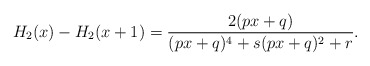
\begin{align*}H_2(x)-H_2(x+1)=\frac{2(p x + q)}{(p x + q)^4 + s (p x + q)^2 + r}.\end{align*}